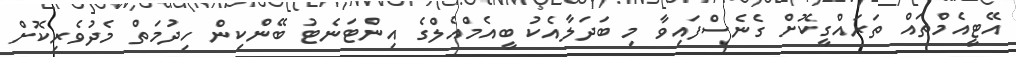
އޭޓީއެމްތައް ތަރައްގީކޮށް ގެނެސްފައިވާ މި ބަދަލާއެކު ބީއެމްއެލްގެ އިންޓަނެޓު ބޭންކިން ހިދުމަތް މެދުވެރިކޮށް